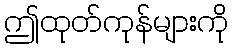
ဤထုတ်ကုန်များကို